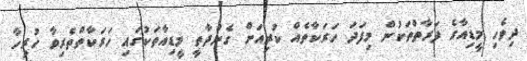
ދިވެހި މީޑިއާގެ ފަރާތްތަކުން މިފަދަ ހަރަކާތެއް ކުރިއަށް ގެންދާތީ މީޑިއާތަކުގައި ހަރަކާތްތެރިވާ ހުރިހާ